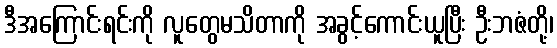
ဒီအကြောင်းရင်းကို လူတွေမသိတာကို အခွင့်ကောင်းယူပြီး ဦးဘဇံတို့၊